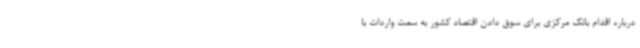
درباره اقدام بانک مرکزی برای سوق دادن اقتصاد کشور به سمت واردات با